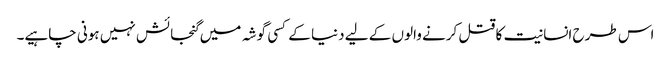
اس طرح انسانیت کا قتل کرنے والوں کے لیے دنیا کے کسی گوشہ میں گنجائش نہیں ہونی چاہیے۔